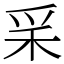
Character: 𥝩